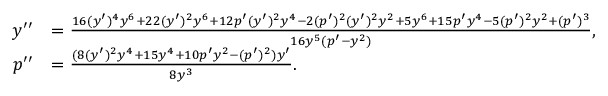
\begin{array} { r l } { y ^ { \prime \prime } } & { = \frac { 1 6 ( y ^ { \prime } ) ^ { 4 } y ^ { 6 } + 2 2 ( y ^ { \prime } ) ^ { 2 } y ^ { 6 } + 1 2 p ^ { \prime } ( y ^ { \prime } ) ^ { 2 } y ^ { 4 } - 2 ( p ^ { \prime } ) ^ { 2 } ( y ^ { \prime } ) ^ { 2 } y ^ { 2 } + 5 y ^ { 6 } + 1 5 p ^ { \prime } y ^ { 4 } - 5 ( p ^ { \prime } ) ^ { 2 } y ^ { 2 } + ( p ^ { \prime } ) ^ { 3 } } { 1 6 y ^ { 5 } ( p ^ { \prime } - y ^ { 2 } ) } , } \\ { p ^ { \prime \prime } } & { = \frac { ( 8 ( y ^ { \prime } ) ^ { 2 } y ^ { 4 } + 1 5 y ^ { 4 } + 1 0 p ^ { \prime } y ^ { 2 } - ( p ^ { \prime } ) ^ { 2 } ) y ^ { \prime } } { 8 y ^ { 3 } } . } \end{array}